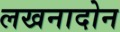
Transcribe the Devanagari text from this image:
लखनादोन